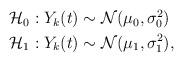
LaTeX: \begin{align*}\begin{aligned}\mathcal{H}_0 &: Y_k(t) \sim \mathcal{N}(\mu_0,\sigma_0^2)\\\mathcal{H}_1 &: Y_k(t) \sim\mathcal{N}(\mu_1,\sigma_1^2),\end{aligned}\end{align*}